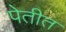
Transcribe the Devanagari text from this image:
पेतीत